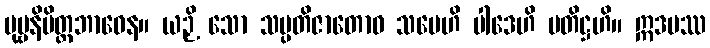
ပုဗ္ဗနိမိတ္တဘာဝေန။ ယဉှိ သော သမ္ပတိဇာတောဝ သမေဟိ ပါဒေဟိ ပတိဋ္ဌဟိ။ ဣဒမဿ